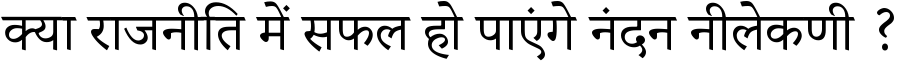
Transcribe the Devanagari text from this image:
क्या राजनीति में सफल हो पाएंगे नंदन नीलेकणी ?